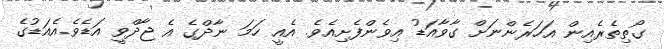
ގޯތިތެރެއިން އަހަރެންނަށް ގާވާއަޑު އިވެންފެށިއެވެ. އެއީ ހަމަ ނާދްގެ އެ ޖާދްވީ އަޑެވެ.އެއަޑުގެ